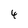
Character: 4